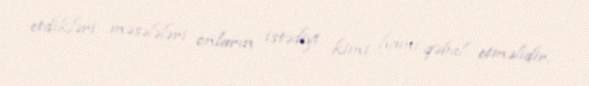
etdikləri məsələləri onların istədiyi kimi hamı qəbul etməlidir.